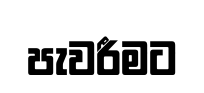
පැවරීමට